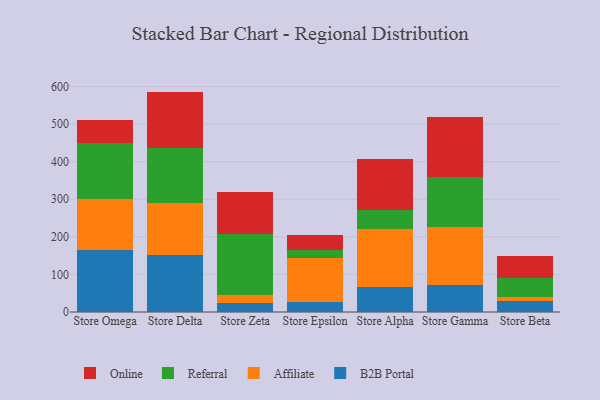
{"axis": {"x": "Store", "y": "Revenue (USD Million)"}, "legend": ["Affiliate", "B2B Portal", "Online", "Referral"], "data": [{"x": "Store Omega", "y": 166.1, "type": "B2B Portal"}, {"x": "Store Omega", "y": 133.7, "type": "Affiliate"}, {"x": "Store Omega", "y": 148.8, "type": "Referral"}, {"x": "Store Omega", "y": 63.0, "type": "Online"}, {"x": "Store Delta", "y": 152.8, "type": "B2B Portal"}, {"x": "Store Delta", "y": 138.1, "type": "Affiliate"}, {"x": "Store Delta", "y": 146.4, "type": "Referral"}, {"x": "Store Delta", "y": 149.3, "type": "Online"}, {"x": "Store Zeta", "y": 24.4, "type": "B2B Portal"}, {"x": "Store Zeta", "y": 20.0, "type": "Affiliate"}, {"x": "Store Zeta", "y": 163.0, "type": "Referral"}, {"x": "Store Zeta", "y": 113.2, "type": "Online"}, {"x": "Store Epsilon", "y": 26.3, "type": "B2B Portal"}, {"x": "Store Epsilon", "y": 117.8, "type": "Affiliate"}, {"x": "Store Epsilon", "y": 21.7, "type": "Referral"}, {"x": "Store Epsilon", "y": 39.1, "type": "Online"}, {"x": "Store Alpha", "y": 66.7, "type": "B2B Portal"}, {"x": "Store Alpha", "y": 153.9, "type": "Affiliate"}, {"x": "Store Alpha", "y": 51.3, "type": "Referral"}, {"x": "Store Alpha", "y": 134.9, "type": "Online"}, {"x": "Store Gamma", "y": 72.0, "type": "B2B Portal"}, {"x": "Store Gamma", "y": 153.5, "type": "Affiliate"}, {"x": "Store Gamma", "y": 134.7, "type": "Referral"}, {"x": "Store Gamma", "y": 159.8, "type": "Online"}, {"x": "Store Beta", "y": 29.8, "type": "B2B Portal"}, {"x": "Store Beta", "y": 10.1, "type": "Affiliate"}, {"x": "Store Beta", "y": 49.6, "type": "Referral"}, {"x": "Store Beta", "y": 59.7, "type": "Online"}]}